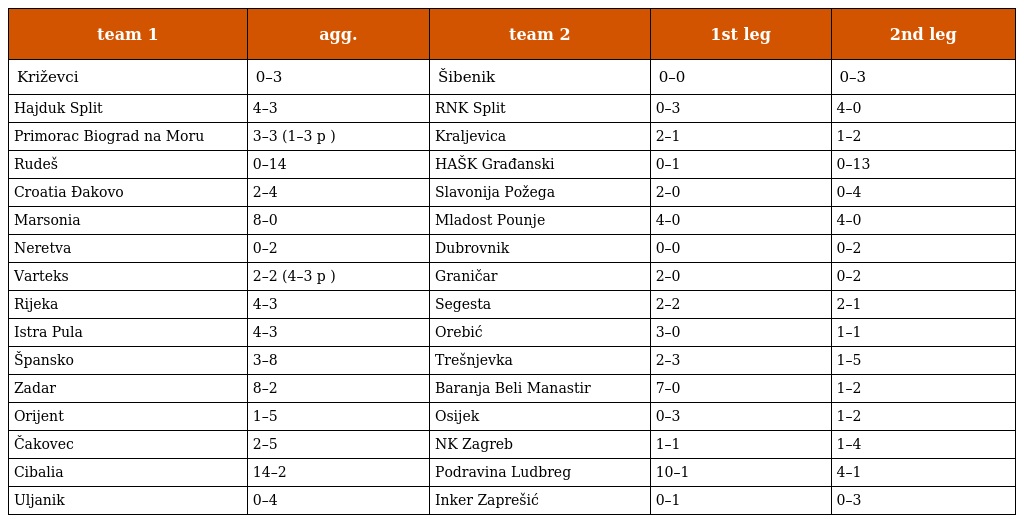
| team 1 | agg. | team 2 | 1st leg | 2nd leg |
 | --- | --- | --- | --- | --- |
 | Križevci | 0–3 | Šibenik | 0–0 | 0–3 |
 | Hajduk Split | 4–3 | RNK Split | 0–3 | 4–0 |
 | Primorac Biograd na Moru | 3–3 (1–3 p ) | Kraljevica | 2–1 | 1–2 |
 | Rudeš | 0–14 | HAŠK Građanski | 0–1 | 0–13 |
 | Croatia Đakovo | 2–4 | Slavonija Požega | 2–0 | 0–4 |
 | Marsonia | 8–0 | Mladost Pounje | 4–0 | 4–0 |
 | Neretva | 0–2 | Dubrovnik | 0–0 | 0–2 |
 | Varteks | 2–2 (4–3 p ) | Graničar | 2–0 | 0–2 |
 | Rijeka | 4–3 | Segesta | 2–2 | 2–1 |
 | Istra Pula | 4–3 | Orebić | 3–0 | 1–1 |
 | Špansko | 3–8 | Trešnjevka | 2–3 | 1–5 |
 | Zadar | 8–2 | Baranja Beli Manastir | 7–0 | 1–2 |
 | Orijent | 1–5 | Osijek | 0–3 | 1–2 |
 | Čakovec | 2–5 | NK Zagreb | 1–1 | 1–4 |
 | Cibalia | 14–2 | Podravina Ludbreg | 10–1 | 4–1 |
 | Uljanik | 0–4 | Inker Zaprešić | 0–1 | 0–3 |